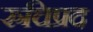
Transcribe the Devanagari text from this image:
रुचिप्रद